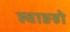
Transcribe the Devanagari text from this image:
ह्वाङहो